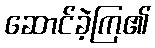
ဆောင်ခဲ့ကြ၏